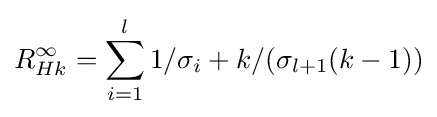
R_{Hk}^{\infty }=\sum _{i=1}^{l}1/\sigma _{i}+k/(\sigma _{l+1}(k-1))